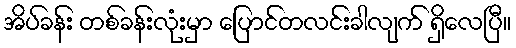
အိပ်ခန်း တစ်ခန်းလုံးမှာ ပြောင်တလင်းခါလျက် ရှိလေပြီ။